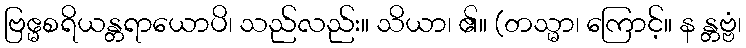
ဗြဧ္မစရိယန္တရာယောပိ၊ သည်လည်း။ သိယာ၊ ၏။ (တသ္မာ၊ ကြောင့်။ န န္တဗ္ဗံ၊